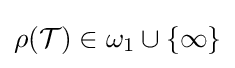
\rho ({\mathcal {T}})\in \omega _{1}\cup \{\infty \}